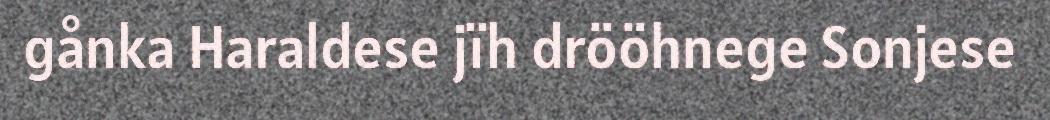
gånka Haraldese jïh drööhnege Sonjese